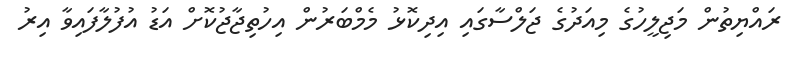
ރައްޔިތުން މަޖިލީހުގެ މިއަދުގެ ޖަލްސާގައި އިދިކޮޅު މެމްބަރުން އިހުތިޖާޖުކޮށް އަޑު އުފުލާފައިވާ އިރު